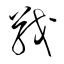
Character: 戢